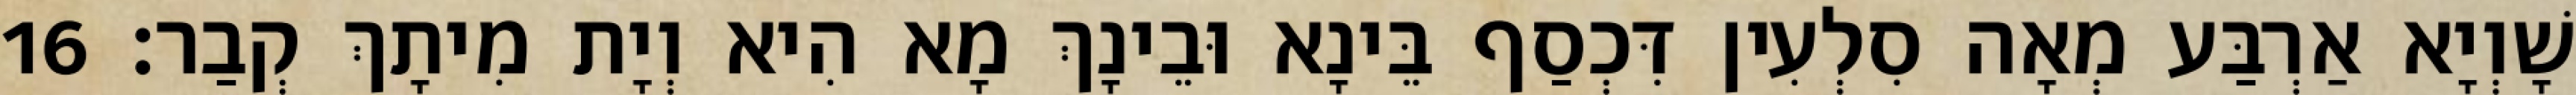
שָׁוְיָא אַרְבַּע מְאָה סִלְעִין דִּכְסַף בֵּינָא וּבֵינָךְ מָא הִיא וְיָת מִיתָךְ קְבַר׃ 16